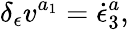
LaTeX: \delta_{\epsilon}v^{a_{1}}=\dot{\epsilon}_{3}^{a},